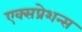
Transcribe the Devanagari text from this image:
एक्सप्रेशन्स